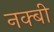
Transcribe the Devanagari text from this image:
नक्बी